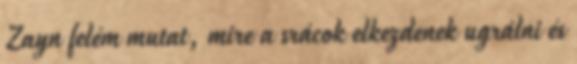
Zayn felém mutat, mire a srácok elkezdenek ugrálni és